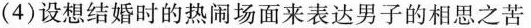
(4)设想结婚时的热闹场面来表达男子的相思之苦